Vaccination report Assam 1896-1927 - 1896-1927
Year: 1896
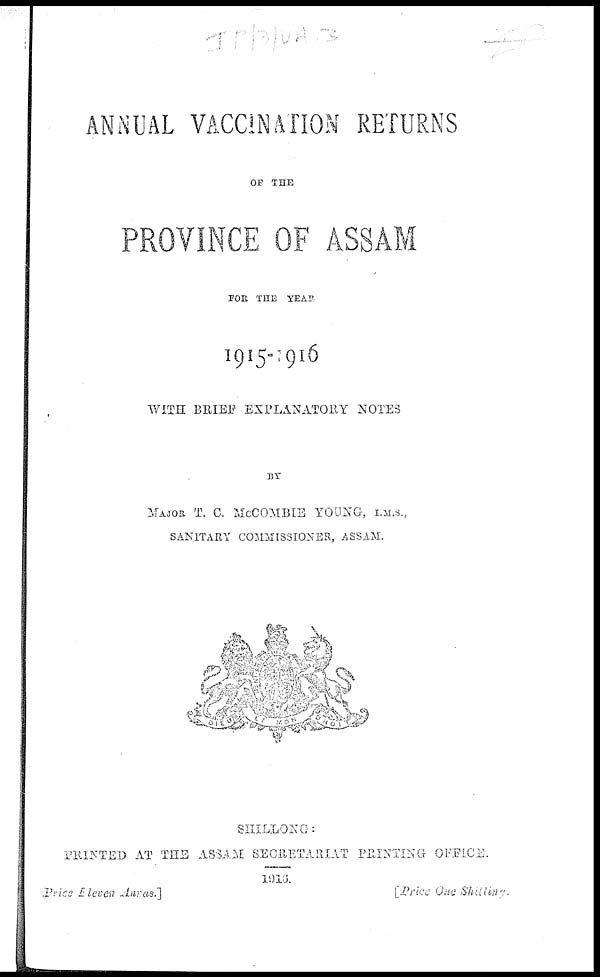
ANNUAL VACCINATION RETURNS
OF THE
PROVINCE OF ASSAM
FOR THE YEAR.
1915-1916
WITH BRIEF EXPLANATORY NOTES
BY
MAJOR T. C. MCCOMBIE YOUNG, I.M.S.,
SANITARY COMMISSIONER, ASSAM.
SHILLONG:
PRINTED AT THE ASSAM SECRETARIAT PRINTING OFFICE.
1916.
Price Eleven Annas.]
[Price One Shilling.